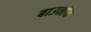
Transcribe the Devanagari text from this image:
ब्राउनीय